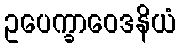
ဥပေက္ခာဝေဒနိယံ